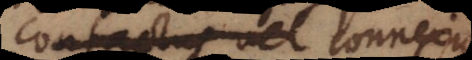
contactus vel conne